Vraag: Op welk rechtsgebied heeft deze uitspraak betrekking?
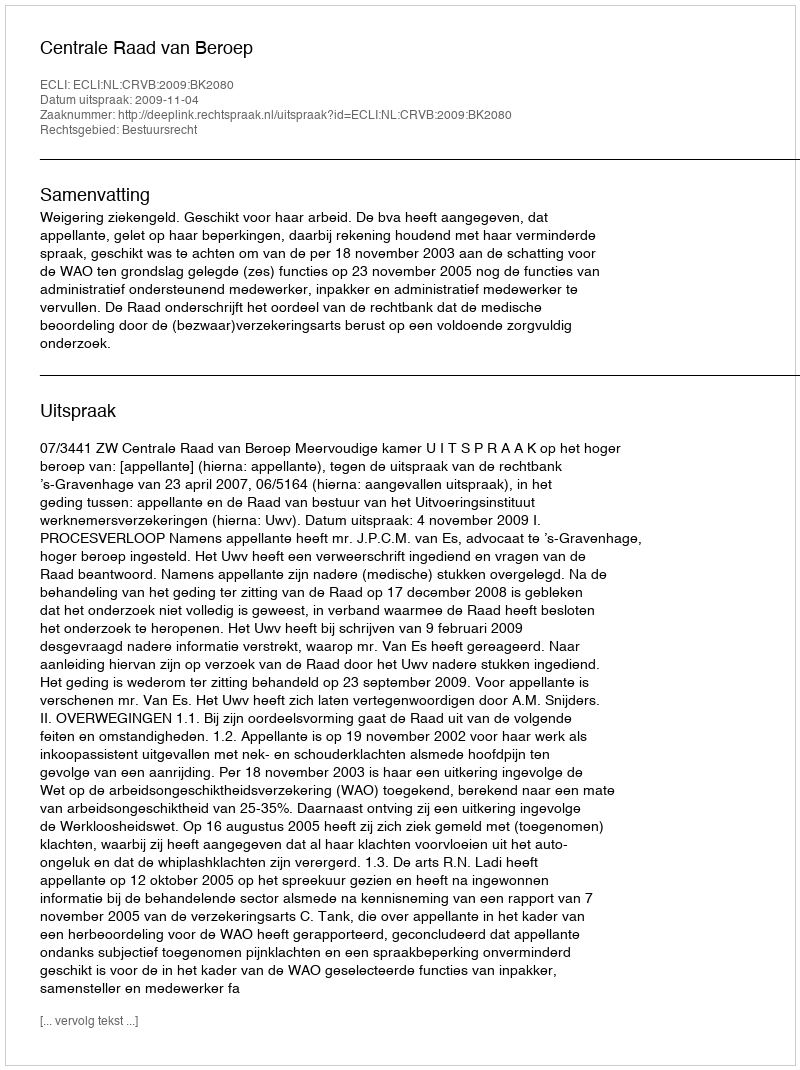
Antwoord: Bestuursrecht